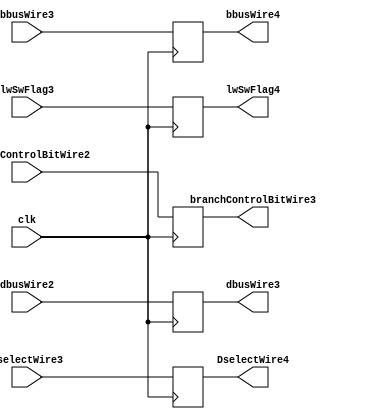
module pipeline_4_latch_3(clk, dbusWire2, DselectWire3, bbusWire3, lwSwFlag3, dbusWire3, DselectWire4,bbusWire4,lwSwFlag4,branchControlBitWire2,branchControlBitWire3);
  input clk;
  input [31:0] dbusWire2, DselectWire3, bbusWire3;
  input [1:0] lwSwFlag3;
  input [1:0] branchControlBitWire2;
  output [31:0] dbusWire3, DselectWire4, bbusWire4;
  output [1:0] lwSwFlag4;
  output [1:0] branchControlBitWire3;
  reg [31:0] dbusWire3, DselectWire4, bbusWire4;
  reg [1:0] lwSwFlag4;
  reg [1:0] branchControlBitWire3;
  always @(posedge clk) begin
    dbusWire3 = dbusWire2;
    DselectWire4 = DselectWire3;
    bbusWire4 = bbusWire3;
    lwSwFlag4 = lwSwFlag3;
    branchControlBitWire3 = branchControlBitWire2;
  end
endmodule